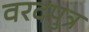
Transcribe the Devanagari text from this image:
वरदपुत्र